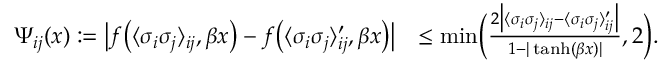
\begin{array} { r l } { \Psi _ { i j } ( x ) : = \bigl | f \bigl ( \langle \sigma _ { i } \sigma _ { j } \rangle _ { i j } , \beta x \bigr ) - f \bigl ( \langle \sigma _ { i } \sigma _ { j } \rangle _ { i j } ^ { \prime } , \beta x \bigr ) \bigr | } & { \leq \operatorname* { m i n } \Bigl ( \frac { 2 \bigl | \langle \sigma _ { i } \sigma _ { j } \rangle _ { i j } - \langle \sigma _ { i } \sigma _ { j } \rangle _ { i j } ^ { \prime } \bigr | } { 1 - | \operatorname { t a n h } ( \beta x ) | } , 2 \Bigr ) . } \end{array}